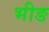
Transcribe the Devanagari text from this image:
भीङ